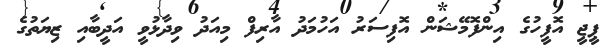
ޕީޖީ އޮފީހުގެ އިންފޮމޭޝަން އޮފިސަރު އަހުމަދު އާރިފް މިއަދު ވިދާޅުވީ އަދީބާއި ޒިޔަތުގެ